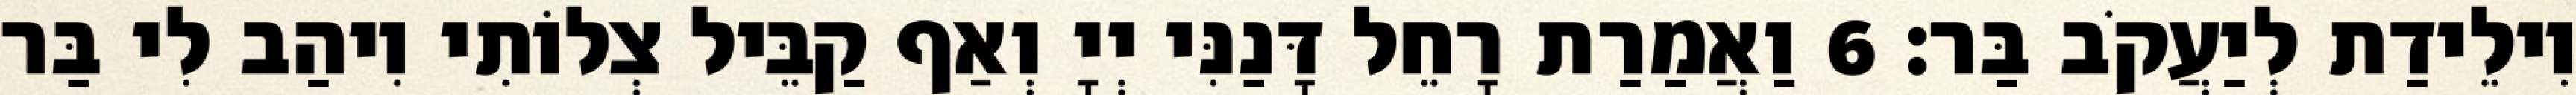
וִילֵידַת לְיַעֲקֹב בַּר׃ 6 וַאֲמַרַת רָחֵל דָּנַנִּי יְיָ וְאַף קַבֵּיל צְלוֹתִי וִיהַב לִי בַּר